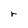
Character: r